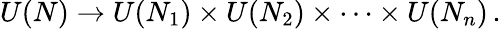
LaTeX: U(N)\to U(N_{1})\times U(N_{2})\times\cdots\times U(N_{n})\, .